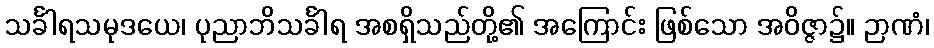
သင်္ခါရသမုဒယေ၊ ပုညာဘိသင်္ခါရ အစရှိသည်တို့၏ အကြောင်း ဖြစ်သော အဝိဇ္ဇာ၌။ ဉာဏံ၊